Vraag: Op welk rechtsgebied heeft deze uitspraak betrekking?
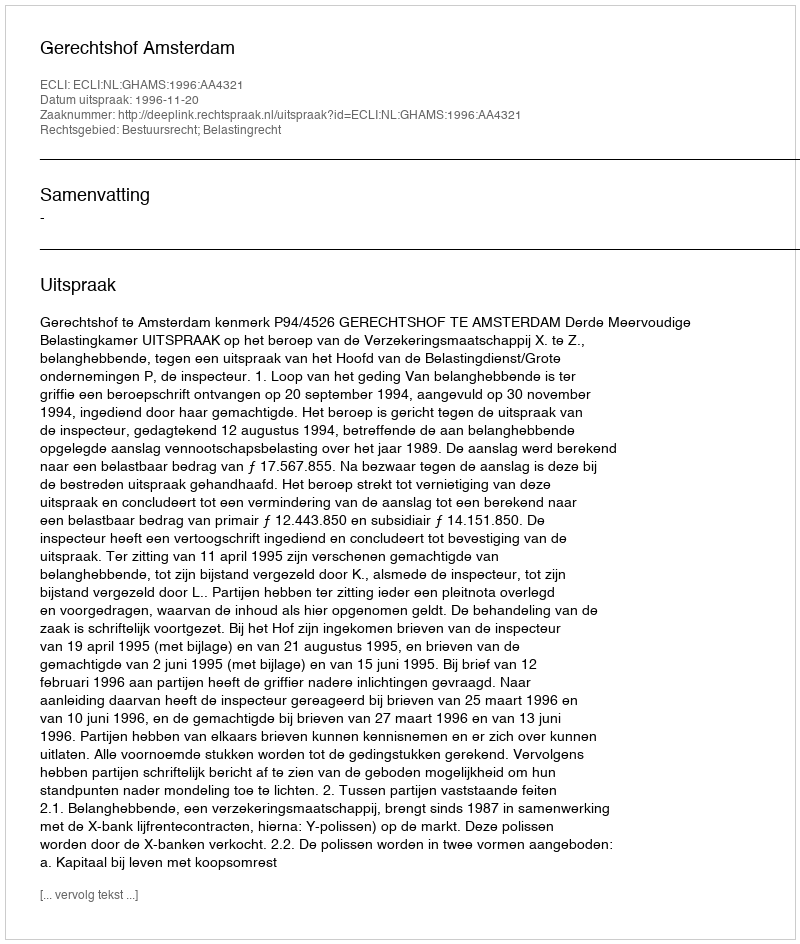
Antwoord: Bestuursrecht; Belastingrecht